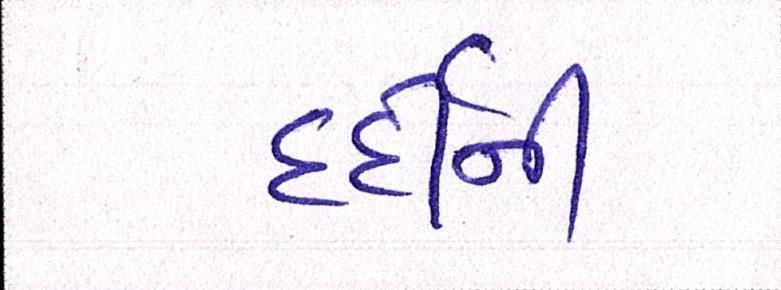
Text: દર્દીની